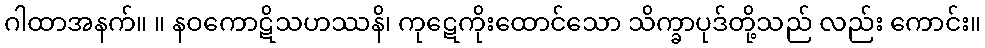
ဂါထာအနက်။ ။ နဝကောဋိသဟဿနိ၊ ကုဋေကိုးထောင်သော သိက္ခာပုဒ်တို့သည် လည်း ကောင်း။